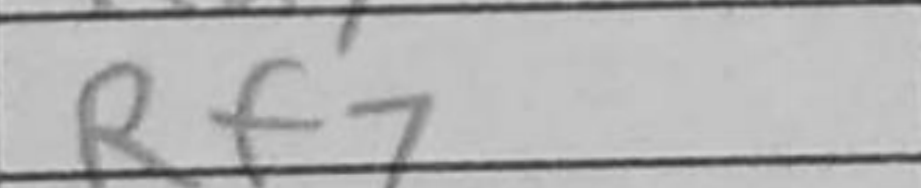
Transcription: Rf7